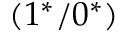
( 1 ^ { * } / 0 ^ { * } )